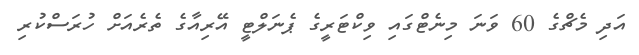
އަދި މެޗްގެ 60 ވަނަ މިނެޓްގައި ވިކްޓަރީގެ ޕެނަލްޓީ އޭރިއާގެ ތެރެއަށް ހުރަސްކުރި